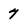
Character: 7